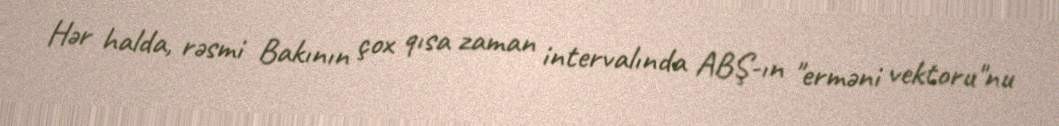
Hər halda, rəsmi Bakının çox qısa zaman intervalında ABŞ-ın "erməni vektoru"nu